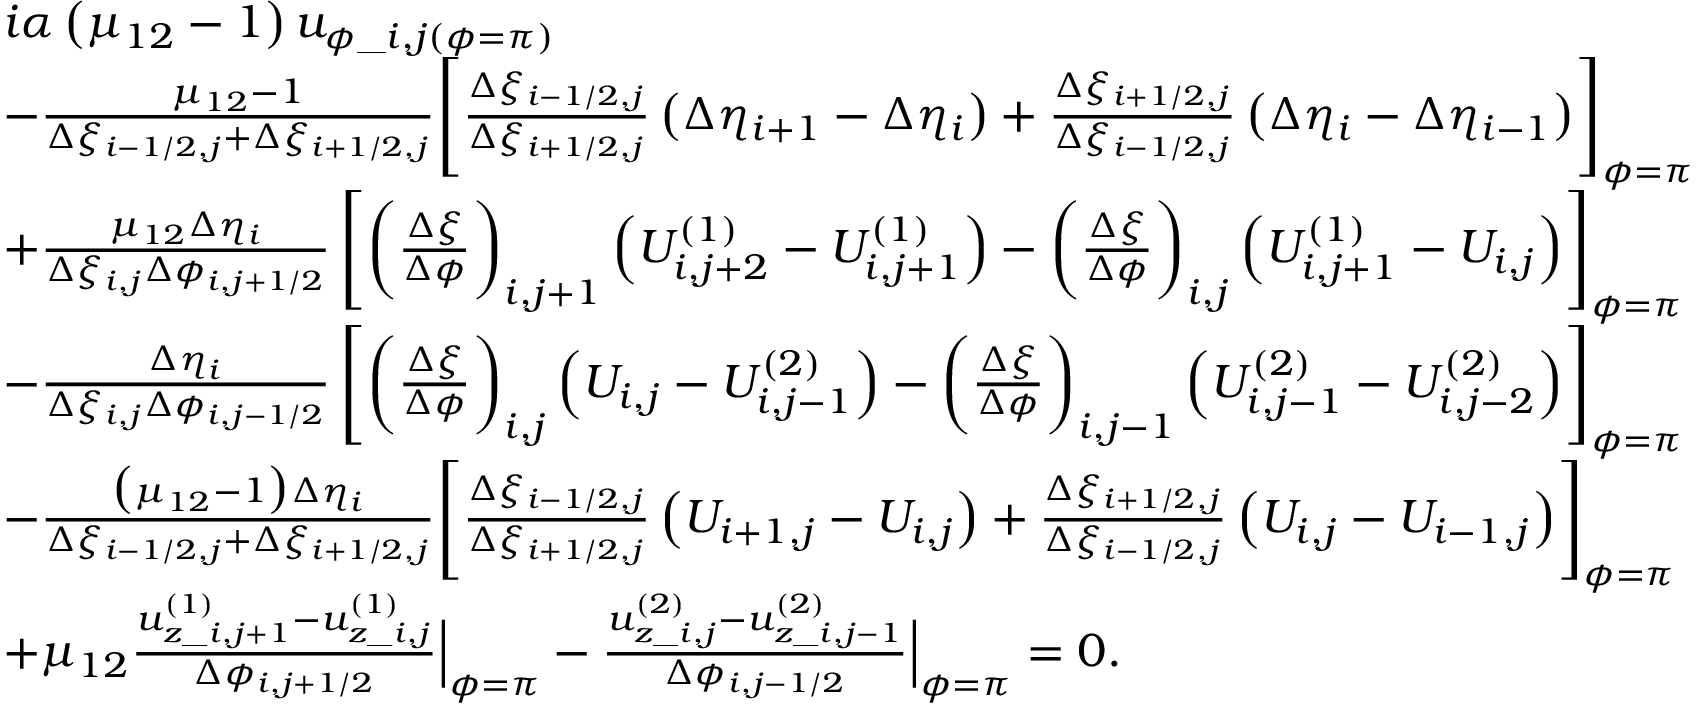
\begin{array} { r l } & { \begin{array} { r l } & { i \alpha \left( \mu _ { 1 2 } - 1 \right) u _ { \phi \_ i , j ( \phi = \pi ) } } \\ & { - \frac { \mu _ { 1 2 } - 1 } { \Delta \xi _ { i - 1 / 2 , j } + \Delta \xi _ { i + 1 / 2 , j } } \Biggl [ \frac { \Delta \xi _ { i - 1 / 2 , j } } { \Delta \xi _ { i + 1 / 2 , j } } \left( \Delta \eta _ { i + 1 } - \Delta \eta _ { i } \right) + \frac { \Delta \xi _ { i + 1 / 2 , j } } { \Delta \xi _ { i - 1 / 2 , j } } \left( \Delta \eta _ { i } - \Delta \eta _ { i - 1 } \right) \Biggr ] _ { \phi = \pi } } \\ & { + \frac { \mu _ { 1 2 } \Delta \eta _ { i } } { \Delta \xi _ { i , j } \Delta \phi _ { i , j + 1 / 2 } } \left[ \biggl ( \frac { \Delta \xi } { \Delta \phi } \biggr ) _ { i , j + 1 } \left( U _ { i , j + 2 } ^ { ( 1 ) } - U _ { i , j + 1 } ^ { ( 1 ) } \right) - \biggl ( \frac { \Delta \xi } { \Delta \phi } \biggr ) _ { i , j } \left( U _ { i , j + 1 } ^ { ( 1 ) } - U _ { i , j } \right) \right] _ { \phi = \pi } } \\ & { - \frac { \Delta \eta _ { i } } { \Delta \xi _ { i , j } \Delta \phi _ { i , j - 1 / 2 } } \left[ \biggl ( \frac { \Delta \xi } { \Delta \phi } \biggr ) _ { i , j } \left( U _ { i , j } - U _ { i , j - 1 } ^ { ( 2 ) } \right) - \biggl ( \frac { \Delta \xi } { \Delta \phi } \biggr ) _ { i , j - 1 } \left( U _ { i , j - 1 } ^ { ( 2 ) } - U _ { i , j - 2 } ^ { ( 2 ) } \right) \right] _ { \phi = \pi } } \\ & { - \frac { \big ( \mu _ { 1 2 } - 1 \big ) \Delta \eta _ { i } } { \Delta \xi _ { i - 1 / 2 , j } + \Delta \xi _ { i + 1 / 2 , j } } \Biggl [ \frac { \Delta \xi _ { i - 1 / 2 , j } } { \Delta \xi _ { i + 1 / 2 , j } } \left( U _ { i + 1 , j } - U _ { i , j } \right) + \frac { \Delta \xi _ { i + 1 / 2 , j } } { \Delta \xi _ { i - 1 / 2 , j } } \left( U _ { i , j } - U _ { i - 1 , j } \right) \Biggr ] _ { \phi = \pi } } \\ & { + \mu _ { 1 2 } \frac { u _ { z \_ i , j + 1 } ^ { ( 1 ) } - u _ { z \_ i , j } ^ { ( 1 ) } } { \Delta \phi _ { i , j + 1 / 2 } } \Bigr | _ { \phi = \pi } - \frac { u _ { z \_ i , j } ^ { ( 2 ) } - u _ { z \_ i , j - 1 } ^ { ( 2 ) } } { \Delta \phi _ { i , j - 1 / 2 } } \Bigr | _ { \phi = \pi } = 0 . } \end{array} } \end{array}